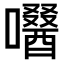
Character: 𡂜